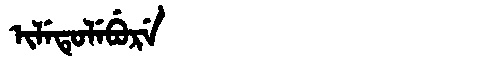
Manchu: ᡳᠯᡝᡨᡠᠯᡝᠪᡠᡵᡝ
Romanization: ILETULEBURE